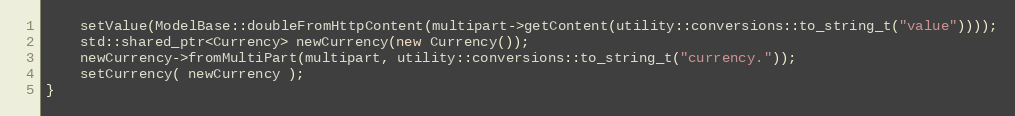
Language: C++
    setValue(ModelBase::doubleFromHttpContent(multipart->getContent(utility::conversions::to_string_t("value"))));
    std::shared_ptr<Currency> newCurrency(new Currency());
    newCurrency->fromMultiPart(multipart, utility::conversions::to_string_t("currency."));
    setCurrency( newCurrency );
}